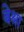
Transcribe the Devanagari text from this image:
बेश्रा